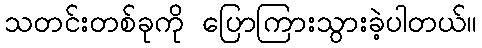
သတင်းတစ်ခုကို ပြောကြားသွားခဲ့ပါတယ်။